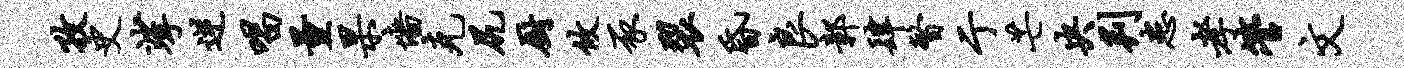
孜史挲逆唱量杲墙克尻厨攸豕裂昏良鄣肆瞥亍芒央判患孝管文